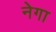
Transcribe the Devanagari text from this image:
नेगा